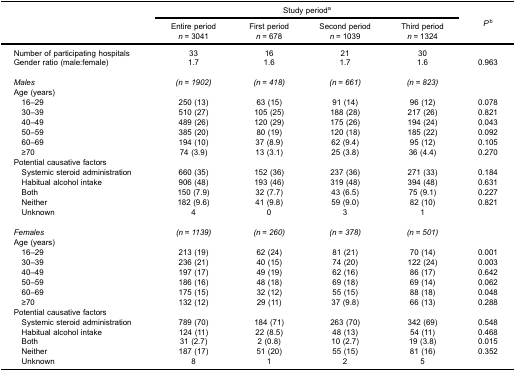
<table><thead><tr><td rowspan="3"><b> </b></td><td colspan="4"><b>Study period<sup>a</sup></b></td><td rowspan="3"><b><i>P</i><sup>b</sup></b></td></tr><tr><td><b>Entire period<i>n</i> = 3041</b></td><td><b>First period<i>n</i> = 678</b></td><td><b>Second period<i>n</i> = 1039</b></td><td><b>Third period<i>n</i> = 1324</b></td></tr></thead><tbody><tr><td>Number of participating hospitals</td><td>33</td><td>16</td><td>21</td><td>30</td><td> </td></tr><tr><td>Gender ratio (male:female)</td><td>1.7</td><td>1.6</td><td>1.7</td><td>1.6</td><td>0.963</td></tr><tr><td><i>Males</i></td><td><i>(n = 1902)</i></td><td><i>(n = 418)</i></td><td><i>(n = 661)</i></td><td><i>(n = 823)</i></td><td> </td></tr><tr><td>Age (years)</td><td> </td><td> </td><td> </td><td> </td><td> </td></tr><tr><td> 16–29</td><td>250 (13)</td><td>63 (15)</td><td>91 (14)</td><td>96 (12)</td><td>0.078</td></tr><tr><td> 30–39</td><td>510 (27)</td><td>105 (25)</td><td>188 (28)</td><td>217 (26)</td><td>0.821</td></tr><tr><td> 40–49</td><td>489 (26)</td><td>120 (29)</td><td>175 (26)</td><td>194 (24)</td><td>0.043</td></tr><tr><td> 50–59</td><td>385 (20)</td><td>80 (19)</td><td>120 (18)</td><td>185 (22)</td><td>0.092</td></tr><tr><td> 60–69</td><td>194 (10)</td><td>37 (8.9)</td><td>62 (9.4)</td><td>95 (12)</td><td>0.105</td></tr><tr><td> ≥70</td><td>74 (3.9)</td><td>13 (3.1)</td><td>25 (3.8)</td><td>36 (4.4)</td><td>0.270</td></tr><tr><td>Potential causative factors</td><td> </td><td> </td><td> </td><td> </td><td> </td></tr><tr><td> Systemic steroid administration</td><td>660 (35)</td><td>152 (36)</td><td>237 (36)</td><td>271 (33)</td><td>0.184</td></tr><tr><td> Habitual alcohol intake</td><td>906 (48)</td><td>193 (46)</td><td>319 (48)</td><td>394 (48)</td><td>0.631</td></tr><tr><td> Both</td><td>150 (7.9)</td><td>32 (7.7)</td><td>43 (6.5)</td><td>75 (9.1)</td><td>0.227</td></tr><tr><td> Neither</td><td>182 (9.6)</td><td>41 (9.8)</td><td>59 (9.0)</td><td>82 (10)</td><td>0.821</td></tr><tr><td> Unknown</td><td>4</td><td>0</td><td>3</td><td>1</td><td> </td></tr><tr><td><i>Females</i></td><td><i>(n = 1139)</i></td><td><i>(n = 260)</i></td><td><i>(n = 378)</i></td><td><i>(n = 501)</i></td><td> </td></tr><tr><td>Age (years)</td><td> </td><td> </td><td> </td><td> </td><td> </td></tr><tr><td> 16–29</td><td>213 (19)</td><td>62 (24)</td><td>81 (21)</td><td>70 (14)</td><td>0.001</td></tr><tr><td> 30–39</td><td>236 (21)</td><td>40 (15)</td><td>74 (20)</td><td>122 (24)</td><td>0.003</td></tr><tr><td> 40–49</td><td>197 (17)</td><td>49 (19)</td><td>62 (16)</td><td>86 (17)</td><td>0.642</td></tr><tr><td> 50–59</td><td>186 (16)</td><td>48 (18)</td><td>69 (18)</td><td>69 (14)</td><td>0.062</td></tr><tr><td> 60–69</td><td>175 (15)</td><td>32 (12)</td><td>55 (15)</td><td>88 (18)</td><td>0.048</td></tr><tr><td> ≥70</td><td>132 (12)</td><td>29 (11)</td><td>37 (9.8)</td><td>66 (13)</td><td>0.288</td></tr><tr><td>Potential causative factors</td><td> </td><td> </td><td> </td><td> </td><td> </td></tr><tr><td> Systemic steroid administration</td><td>789 (70)</td><td>184 (71)</td><td>263 (70)</td><td>342 (69)</td><td>0.548</td></tr><tr><td> Habitual alcohol intake</td><td>124 (11)</td><td>22 (8.5)</td><td>48 (13)</td><td>54 (11)</td><td>0.468</td></tr><tr><td> Both</td><td>31 (2.7)</td><td>2 (0.8)</td><td>10 (2.7)</td><td>19 (3.8)</td><td>0.015</td></tr><tr><td> Neither</td><td>187 (17)</td><td>51 (20)</td><td>55 (15)</td><td>81 (16)</td><td>0.352</td></tr><tr><td> Unknown</td><td>8</td><td>1</td><td>2</td><td>5</td><td> </td></tr></tbody></table>